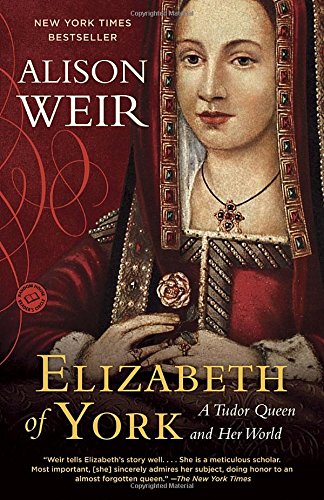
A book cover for Elizabeth of York: A Tudor Queen and Her World; Alison Weir; Biographies & Memoirs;